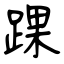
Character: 踝